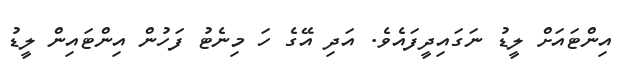
އިންޓައަށް ލީޑު ނަގައިދީފައެވެ. އަދި އޭގެ ހަ މިނެޓު ފަހުން އިންޓައިން ލީޑު